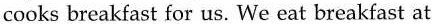
cooks breakfast for us. We eat breakfast at